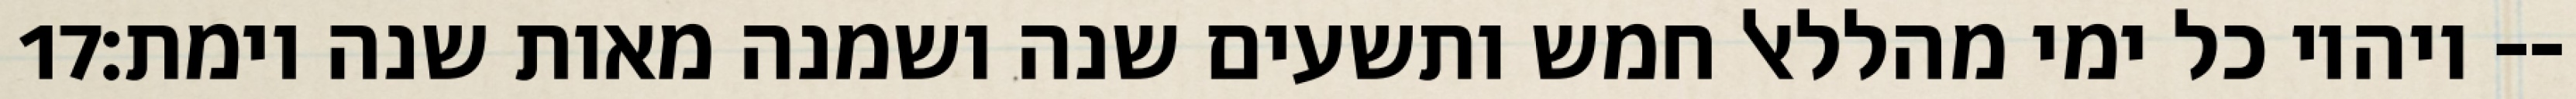
‎17‏ ויהיו כל ימי מהללאל חמש ותשעים שנה ושמנה מאות שנה וימת׃--